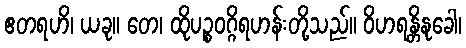
ဧတရဟိ၊ ယခု။ တေ၊ ထိုပဉ္စဝဂ္ဂိရဟန်းတို့သည်။ ဝိဟရန္တိနုခေါ၊